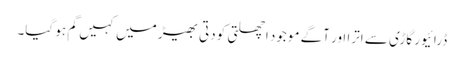
ڈرائیور گاڑی سے اترا اور آگے موجود اچھلتی کودتی بھیڑ میں کہیں گم ہو گیا۔